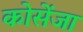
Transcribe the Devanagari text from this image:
कोसेंजा